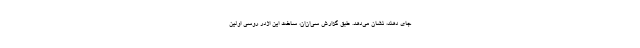
جای دهند، نشان می‌دهد. طبق گزارش سی‌ان‌ان، ساخت این اژدر روسی اولین